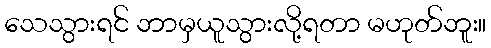
သေသွားရင် ဘာမှယူသွားလို့ရတာ မဟုတ်ဘူး။